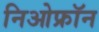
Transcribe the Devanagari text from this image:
निओफ्रॉन